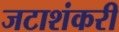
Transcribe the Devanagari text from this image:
जटाशंकरी